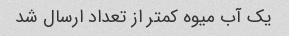
یک آب میوه کمتر از تعداد ارسال شد